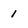
Character: 1